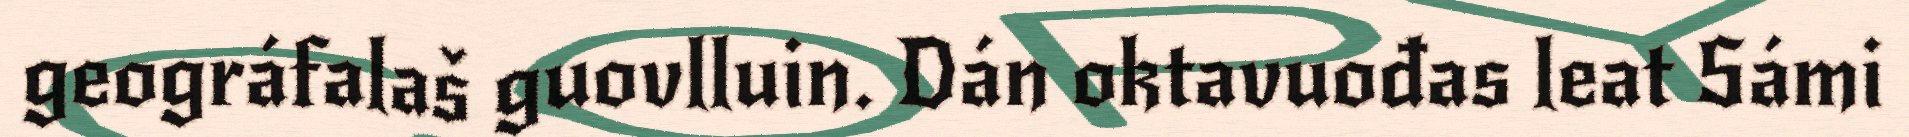
geográfalaš guovlluin. Dán oktavuođas leat Sámi